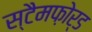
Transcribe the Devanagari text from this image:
स्टैमफ़ोर्ड